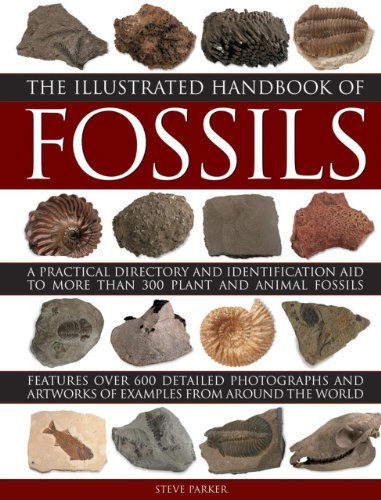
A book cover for The Illustrated Handbook of Fossils: A Practical Directory And Identification Aid To More Than 300 Plant And Animal Fossils; Steve Parker; Science & Math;